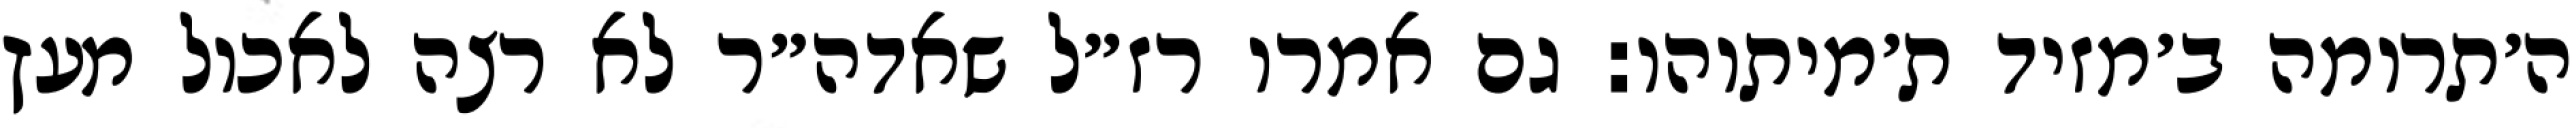
ה׳תרומה ב׳מזיד ת׳מיתוהו: גם אמרו רז״ל שאדה״ר לא רצה לאכול מעץ